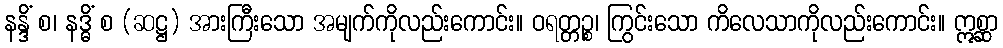
နန္ဒိံ စ၊ နဒ္ဓိံ စ (ဆဋ္ဌ) အားကြီးသော အမျက်ကိုလည်းကောင်း။ ဝရတ္တဉ္စ၊ ကြွင်းသော ကိလေသာကိုလည်းကောင်း။ ဣစ္ဆာ